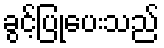
ခွင့်ပြုပေးသည်